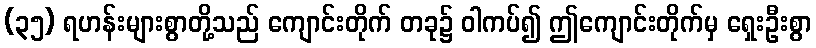
(၃၅) ရဟန်းများစွာတို့သည် ကျောင်းတိုက် တခု၌ ဝါကပ်၍ ဤကျောင်းတိုက်မှ ရှေးဦးစွာ